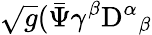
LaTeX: \sqrt{g}({\bar{\Psi}\gamma^{\beta}}\mathrm{D}^{\alpha}{}_{\beta}